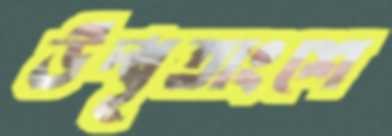
উদ্ধৃতাংশে